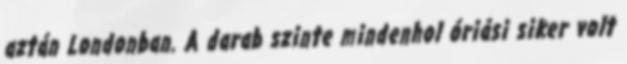
aztán Londonban. A darab szinte mindenhol óriási siker volt